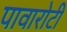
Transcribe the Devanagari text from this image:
पावारोटी